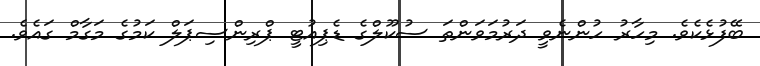
ބޭފުޅެކެވެ. މިހާރު ހުންނެވީ ދަރުމަވަންތަ ސުކޫލްގެ ޑެޕިއުޓީ ޕްރިންސިޕަލް ކަމުގެ މަގާމް ގައެވެ.